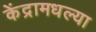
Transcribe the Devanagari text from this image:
केंद्रामधल्या